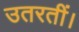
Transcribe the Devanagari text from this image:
उतरतीं।